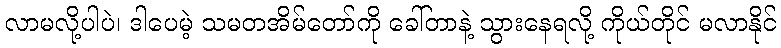
လာမလို့ပါပဲ၊ ဒါပေမဲ့ သမတအိမ်တော်ကို ခေါ်တာနဲ့ သွားနေရလို့ ကိုယ်တိုင် မလာနိုင်